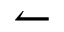
\leftharpoonup